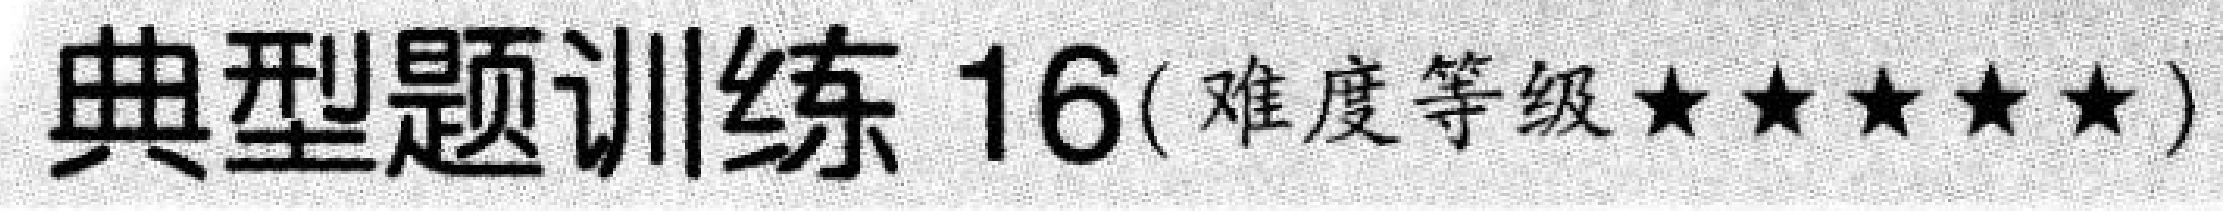
典型题训练 16(难度等级\(\star\star\star\star\star\))